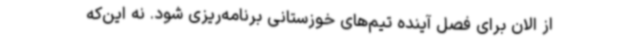
از الان برای فصل آینده تیم‌های خوزستانی برنامه‌ریزی شود. نه این‌که